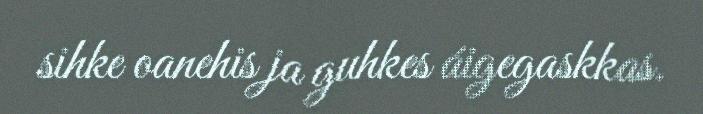
sihke oanehis ja guhkes áigegaskkas.